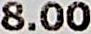
8.00